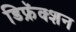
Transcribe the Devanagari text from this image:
डिफ्रॅक्शन